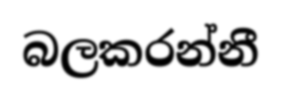
බලකරන්නී